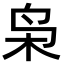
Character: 枭